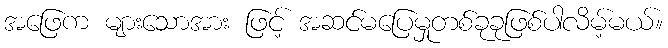
အဖြေက များသောအား ဖြင့် အဆင်မပြေမှုတစ်ခုခုဖြစ်ပါလိမ့်မယ်။